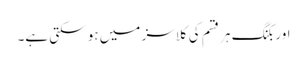
اور بکنگ ہر قسم کی کلاسز میں ہو سکتی ہے۔